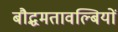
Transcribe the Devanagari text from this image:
बौद्धमतावल्बियों